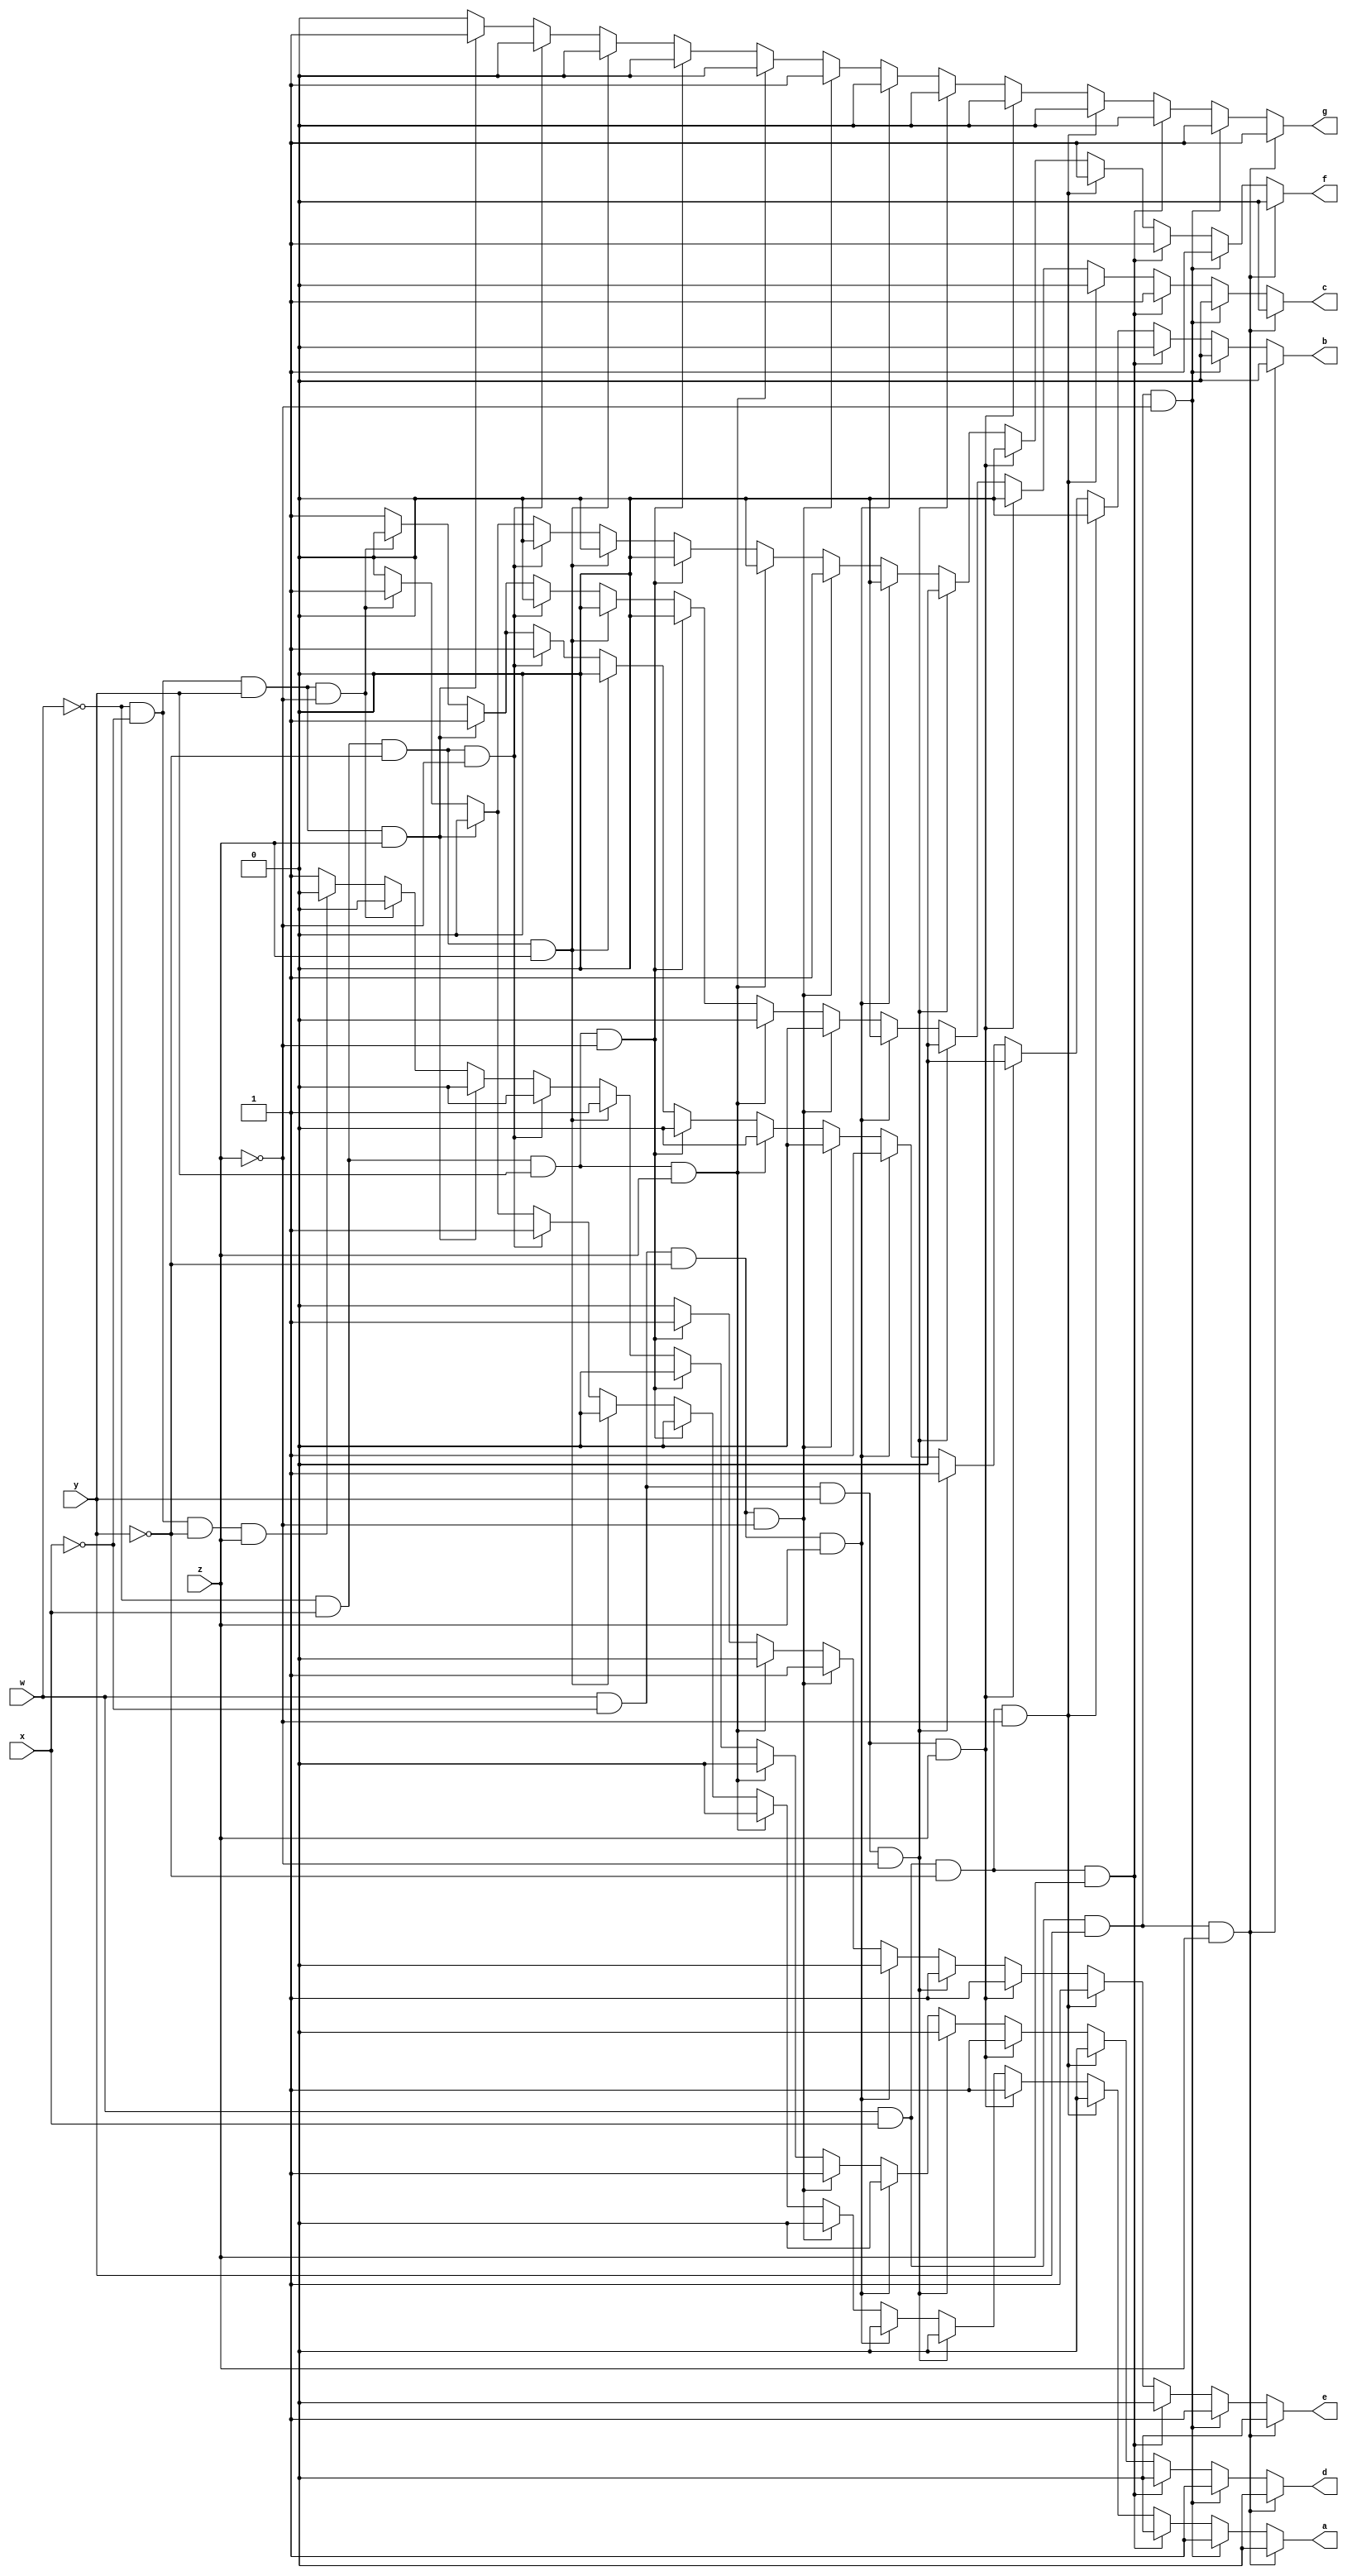
`timescale 1ns / 1ps

module seg7(w, x, y, z, a, b, c, d, e, f, g);

	input w, x, y, z;
	output reg a, b, c, d, e, f, g;
	
	always @(w, x, y, z)
	begin
		// 0
		if (w==1 && x==1 && y==1 && z==1)
		begin
			a <= 0;
			b <= 0;
			c <= 0;
			d <= 0;
			e <= 0;
			f <= 0;
			g <= 1;
		end
		// 1
		else if (w==1 && x==1 && y==1 && z==0)
		begin
			a <= 1;
			b <= 0;
			c <= 0;
			d <= 1;
			e <= 1;
			f <= 1;
			g <= 1;
		end
		// 2
		else if (w==1 && x==1 && y==0 && z==1)
		begin
			a <= 0;
			b <= 0;
			c <= 1;
			d <= 0;
			e <= 0;
			f <= 1;
			g <= 0;
		end
		// 3
		else if (w==1 && x==1 && y==0 && z==0)
		begin
			a <= 0;
			b <= 0;
			c <= 0;
			d <= 0;
			e <= 1;
			f <= 1;
			g <= 0;
		end
		// 4
		else if (w==1 && x==0 && y==1 && z==1)
		begin
			a <= 1;
			b <= 0;
			c <= 0;
			d <= 1;
			e <= 1;
			f <= 0;
			g <= 0;
		end
		// 5
		else if (w==1 && x==0 && y==1 && z==0)
		begin
			a <= 0;
			b <= 1;
			c <= 0;
			d <= 0;
			e <= 1;
			f <= 0;
			g <= 0;
		end
		// 6
		else if (w==1 && x==0 && y==0 && z==1)
		begin
			a <= 0;
			b <= 1;
			c <= 0;
			d <= 0;
			e <= 0;
			f <= 0;
			g <= 0;
		end
		// 7
		else if (w==1 && x==0 && y==0 && z==0)
		begin
			a <= 0;
			b <= 0;
			c <= 0;
			d <= 1;
			e <= 1;
			f <= 1;
			g <= 1;
		end
		// 8
		else if (w==0 && x==1 && y==1 && z==1)
		begin
			a <= 0;
			b <= 0;
			c <= 0;
			d <= 0;
			e <= 0;
			f <= 0;
			g <= 0;
		end
		// 9
		else if (w==0 && x==1 && y==1 && z==0)
		begin
			a <= 0;
			b <= 0;
			c <= 0;
			d <= 0;
			e <= 1;
			f <= 0;
			g <= 0;
		end
		// A
		else if (w==0 && x==1 && y==0 && z==1)
		begin
			a <= 0;
			b <= 0;
			c <= 0;
			d <= 1;
			e <= 0;
			f <= 0;
			g <= 0;
		end
		// b
		else if (w==0 && x==1 && y==0 && z==0)
		begin
			a <= 1;
			b <= 1;
			c <= 0;
			d <= 0;
			e <= 0;
			f <= 0;
			g <= 0;
		end
		// C
		else if (w==0 && x==0 && y==1 && z==1)
		begin
			a <= 0;
			b <= 1;
			c <= 1;
			d <= 0;
			e <= 0;
			f <= 0;
			g <= 1;
		end
		// d
		else if (w==0 && x==0 && y==1 && z==0)
		begin
			a <= 1;
			b <= 0;
			c <= 0;
			d <= 0;
			e <= 0;
			f <= 1;
			g <= 0;
		end
		// E
		else if (w==0 && x==0 && y==0 && z==1)
		begin
			a <= 0;
			b <= 1;
			c <= 1;
			d <= 0;
			e <= 0;
			f <= 0;
			g <= 0;
		end
		// F
		else
		begin
			a <= 0;
			b <= 1;
			c <= 1;
			d <= 1;
			e <= 0;
			f <= 0;
			g <= 0;
		end
	end

endmodule